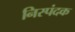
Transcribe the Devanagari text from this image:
निस्पंदक